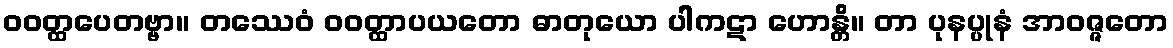
ဝဝတ္ထပေတဗ္ဗာ။ တဿေဝံ ဝဝတ္ထာပယတော ဓာတုယော ပါကဋာ ဟောန္တိ။ တာ ပုနပ္ပုနံ အာဝဇ္ဇတော